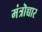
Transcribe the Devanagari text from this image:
मंत्रॊच्चार